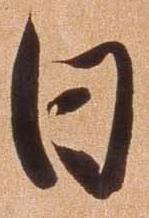
日